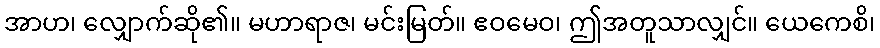
အာဟ၊ လျှောက်ဆို၏။ မဟာရာဇ၊ မင်းမြတ်။ ဧဝမေဝ၊ ဤအတူသာလျှင်။ ယေကေစိ၊